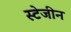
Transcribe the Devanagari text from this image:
स्टेजीन